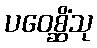
ပဝေစ္ဆိံသု